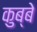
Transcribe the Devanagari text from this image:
कुब्बे